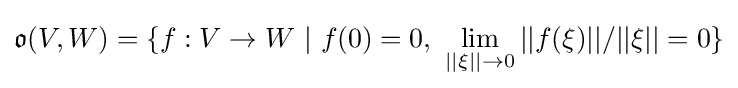
{\mathfrak {o}}(V,W)=\{f:V\to W\ |\ f(0)=0,\ \lim _{||\xi ||\to 0}||f(\xi )||/||\xi ||=0\}